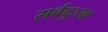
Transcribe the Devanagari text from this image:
सर्वदुःख